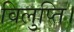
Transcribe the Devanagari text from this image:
विलुप्ति।